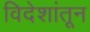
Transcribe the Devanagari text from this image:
विदेशांतून